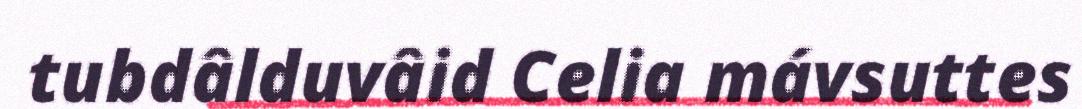
tubdâlduvâid Celia mávsuttes